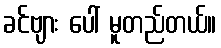
ခင်ဗျား ပေါ် မူတည်တယ်။